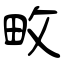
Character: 畋